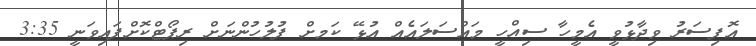
އޮފިސަރު ވިދާޅުވީ އެމީހާ ސިއްހީ މައްސަަލައެއްް އުޅޭ ކަަމށް ފުލުހުންނަށް ރިޕޯޓްކޮށްފައިވަނީ 3:35